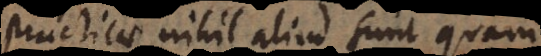
practicae nihil aliud sunt quam